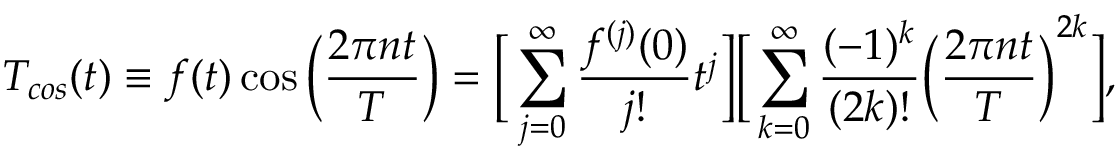
T _ { c o s } ( t ) \equiv f ( t ) \cos { \bigg ( \frac { 2 \pi n t } { T } \bigg ) } = \bigg [ \sum _ { j = 0 } ^ { \infty } \frac { f ^ { ( j ) } ( 0 ) } { j ! } t ^ { j } \bigg ] \bigg [ \sum _ { k = 0 } ^ { \infty } \frac { ( - 1 ) ^ { k } } { ( 2 k ) ! } \bigg ( \frac { 2 \pi n t } { T } \bigg ) ^ { 2 k } \bigg ] ,